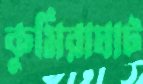
কুমিরাঘাট